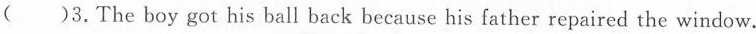
( )3.The boy got his ball back because his father repaired the window.